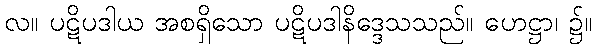
လ။ ပဋိပဒါယ အစရှိသော ပဋိပဒါနိဒ္ဒေသသည်။ ဟေဋ္ဌာ၊ ၌။